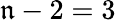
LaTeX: \mathfrak{n}-2=3